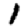
Digit: 1